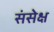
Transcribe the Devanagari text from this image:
संसेक्ष